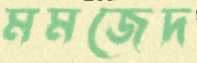
মমজেদ